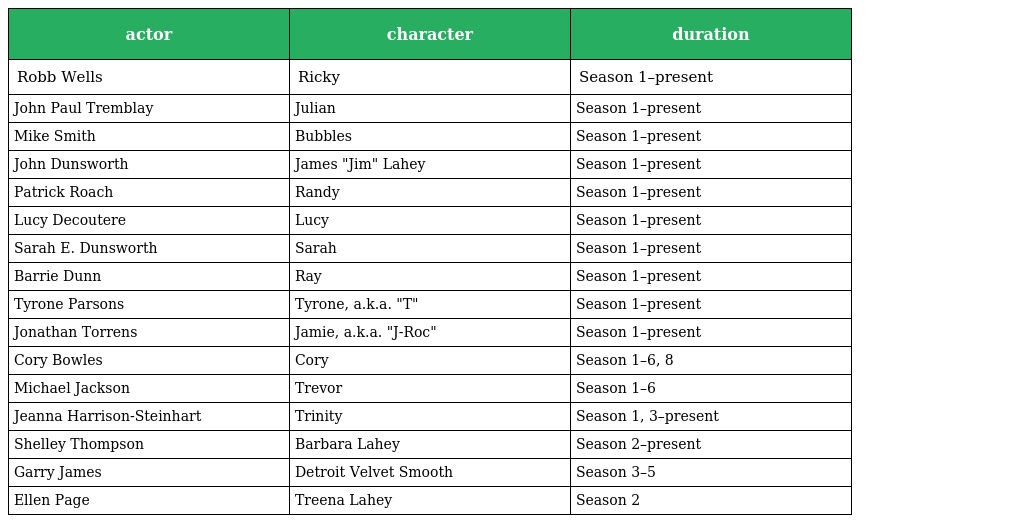
| actor | character | duration |
 | --- | --- | --- |
 | Robb Wells | Ricky | Season 1–present |
 | John Paul Tremblay | Julian | Season 1–present |
 | Mike Smith | Bubbles | Season 1–present |
 | John Dunsworth | James "Jim" Lahey | Season 1–present |
 | Patrick Roach | Randy | Season 1–present |
 | Lucy Decoutere | Lucy | Season 1–present |
 | Sarah E. Dunsworth | Sarah | Season 1–present |
 | Barrie Dunn | Ray | Season 1–present |
 | Tyrone Parsons | Tyrone, a.k.a. "T" | Season 1–present |
 | Jonathan Torrens | Jamie, a.k.a. "J-Roc" | Season 1–present |
 | Cory Bowles | Cory | Season 1–6, 8 |
 | Michael Jackson | Trevor | Season 1–6 |
 | Jeanna Harrison-Steinhart | Trinity | Season 1, 3–present |
 | Shelley Thompson | Barbara Lahey | Season 2–present |
 | Garry James | Detroit Velvet Smooth | Season 3–5 |
 | Ellen Page | Treena Lahey | Season 2 |